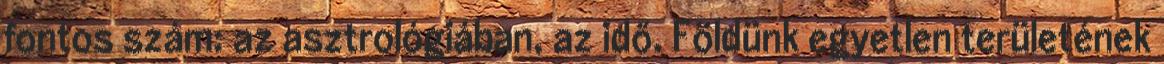
fontos szám: az asztrológiában, az idő. Földünk egyetlen területének